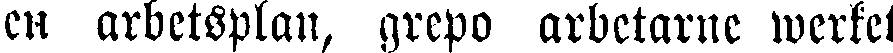
en arbetsplan, grepo arbetarne werket